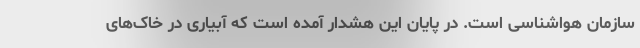
سازمان هواشناسی است. در پایان این هشدار آمده است که آبیاری در خاک‌های